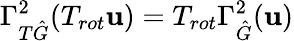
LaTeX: \Gamma_{T\hat{G}}^{2}(T_{rot}\mathbf{u})=T_{rot}\Gamma_{\hat{G}}^{2}(\mathbf{u})